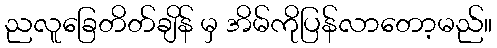
ညလူခြေတိတ်ချိန် မှ အိမ်ကိုပြန်လာတော့မည်။